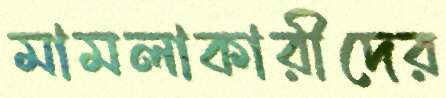
মামলাকারীদের